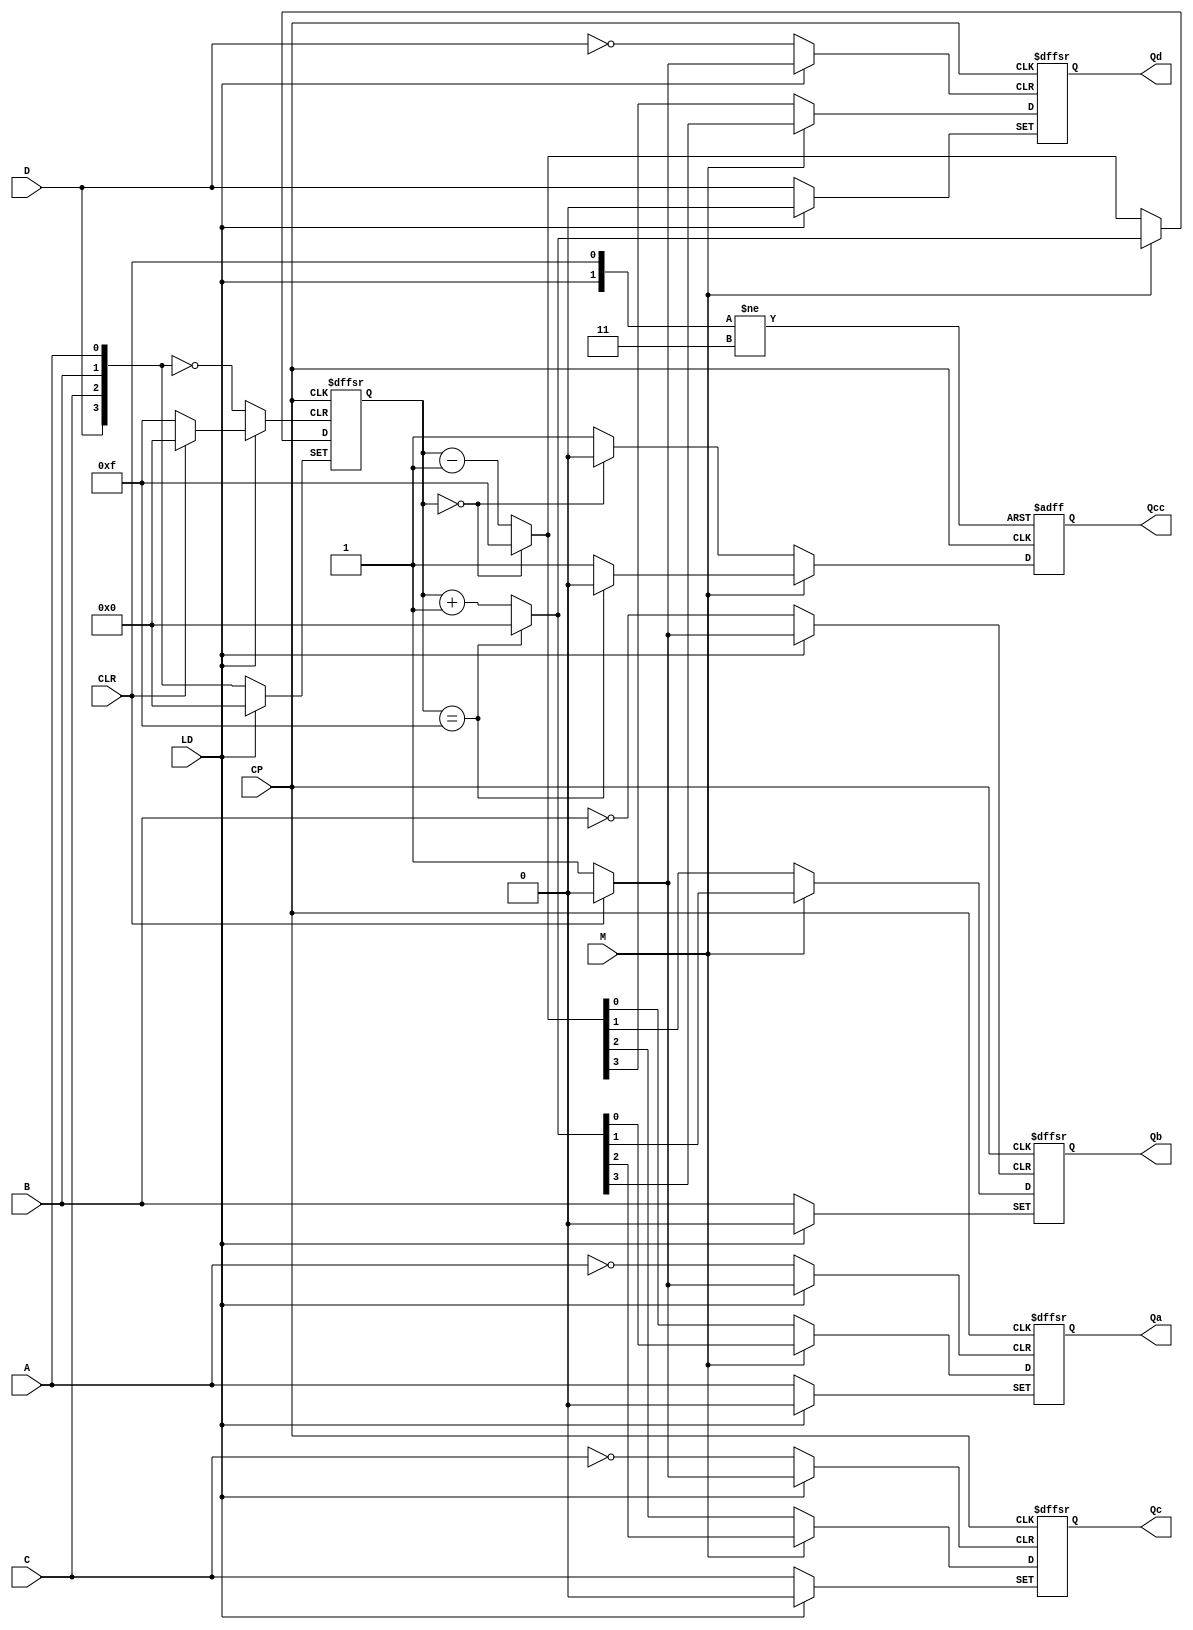
module lab4_1(
    input CP,M,D,C,B,A,LD,CLR,
    output reg Qd,Qc,Qb,Qa,Qcc
    );
    reg [3:0] count;
    always @(posedge CP or negedge CLR or negedge LD)
    begin
        if(CLR == 0)
        begin
            count = 0;
            {Qd,Qc,Qb,Qa} = count;
            Qcc = 1;
        end
        else if(LD == 0)
        begin
            count = {D,C,B,A};
            {Qd,Qc,Qb,Qa} = count;
            Qcc = 1;
        end
        else if(M == 1)
        begin
            if(count ==15)
            begin
                count = 0;
                {Qd,Qc,Qb,Qa} = count;
                Qcc = 0;
            end
            else
            begin
                count  = count + 1;
                {Qd,Qc,Qb,Qa} = count;
                Qcc = 1;
            end
        end
        else
        begin
            if(count == 0)
            begin
                count = 15;
                {Qd,Qc,Qb,Qa} = count;
                Qcc = 0;
            end
            else
            begin
                count =count - 1;
                {Qd,Qc,Qb,Qa} = count;
                Qcc = 1;
            end
        end 
    end
endmodule